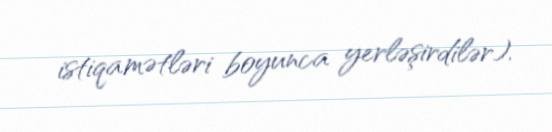
istiqamətləri boyunca yerləşirdilər).